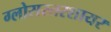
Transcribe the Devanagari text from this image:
ग्लोसस्तरशायर